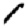
Digit: 1